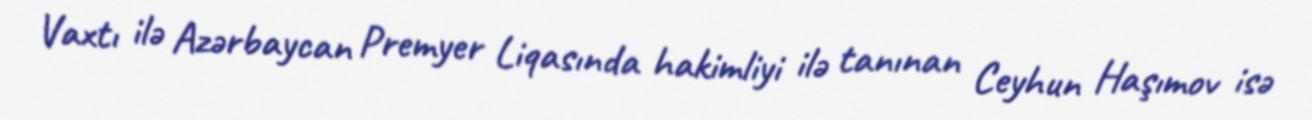
Vaxtı ilə Azərbaycan Premyer Liqasında hakimliyi ilə tanınan Ceyhun Haşımov isə